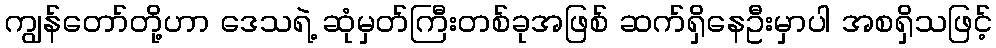
ကျွန်တော်တို့ဟာ ဒေသရဲ့ ဆုံမှတ်ကြီးတစ်ခုအဖြစ် ဆက်ရှိနေဦးမှာပါ အစရှိသဖြင့်